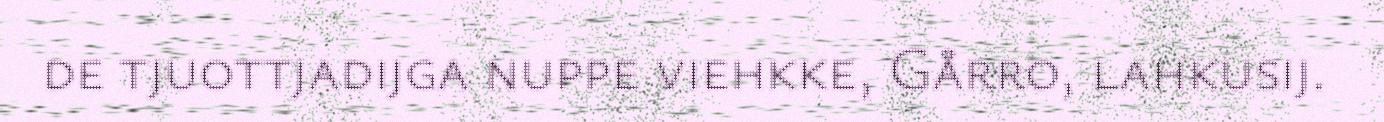
de tjuottjadijga nuppe viehkke, Gårro, lahkusij.